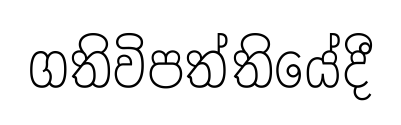
ගතිවිපත්තියේදී